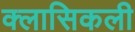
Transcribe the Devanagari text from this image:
क्लासिकली